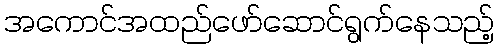
အကောင်အထည်ဖော်ဆောင်ရွက်နေသည့်